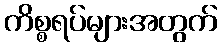
ကိစ္စရပ်များအတွက်